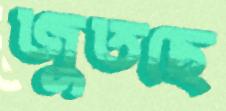
জুতছে